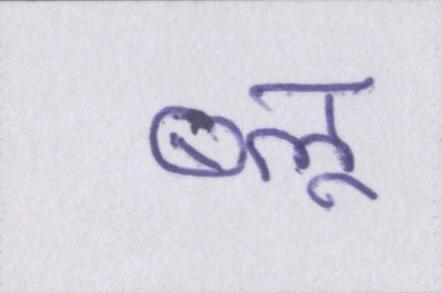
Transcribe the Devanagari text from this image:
ब्लू